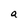
Character: a